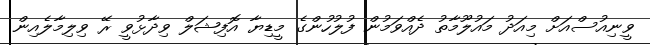
ވީނިއުސްއަށް މިއަދު މައުލޫމާތު ދެއްވަމުން ފުލުހުންގެ މީޑިޔާ އޮފިޝަލް ވިދާޅުވީ ރޭ ވިލިމާލެއިން